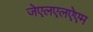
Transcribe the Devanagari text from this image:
जेएलएलऐएम